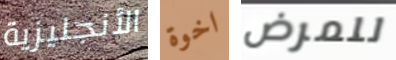
الأنجليزية اخوة للمرض